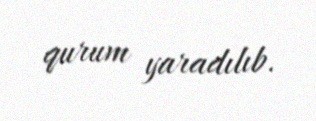
qurum yaradılıb.